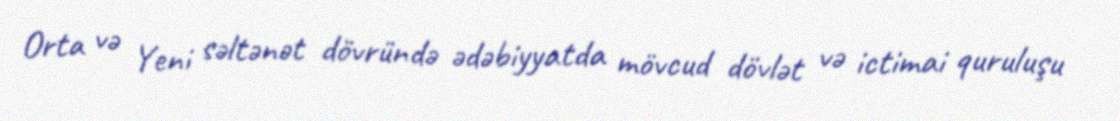
Orta və Yeni səltənət dövründə ədəbiyyatda mövcud dövlət və ictimai quruluşu